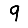
Digit: 9